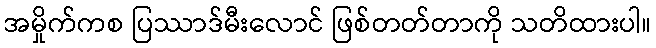
အမှိုက်ကစ ပြဿာဒ်မီးလောင် ဖြစ်တတ်တာကို သတိထားပါ။